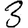
Digit: 3